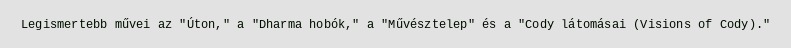
Legismertebb művei az "Úton," a "Dharma hobók," a "Művésztelep" és a "Cody látomásai (Visions of Cody)."